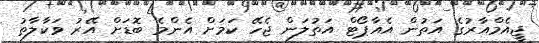
ޖީއެމްއާރުގެ އަތުން އެއާޕޯޓް އަތުލަން ޖެހޭ ކަމަށް އެންމެ ބޮޑަށް އޭރު ވަކާލާތު